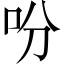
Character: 吩